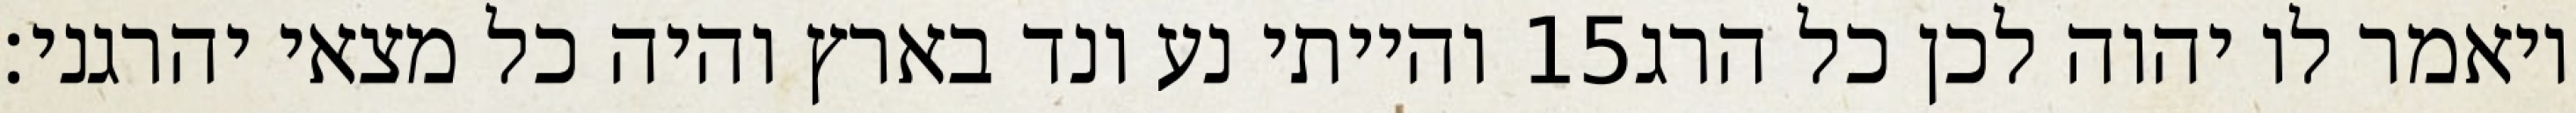
והייתי נע ונד בארץ והיה כל מצאי יהרגני׃ ‎15‏ ויאמר לו יהוה לכן כל הרג